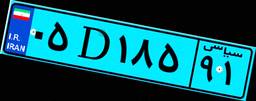
۷۰D۴۲۹۲۲